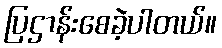
ပြဌာန်းစေခဲ့ပါတယ်။